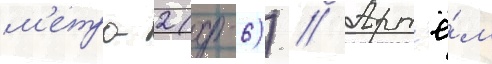
м'етро-2 (д-6)) // Арт'ё́м